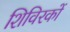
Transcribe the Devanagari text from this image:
शिविरकों